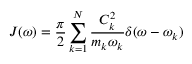
J ( \omega ) = \frac { \pi } { 2 } \sum _ { k = 1 } ^ { N } \frac { C _ { k } ^ { 2 } } { m _ { k } \omega _ { k } } \delta ( \omega - \omega _ { k } )